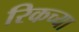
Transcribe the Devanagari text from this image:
रिकच्या